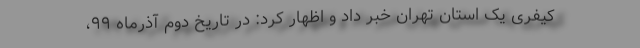
کیفری یک استان تهران خبر داد و اظهار کرد: در تاریخ دوم آذرماه ۹۹،